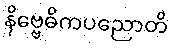
နိဗ္ဗေဓိကပညောတိ